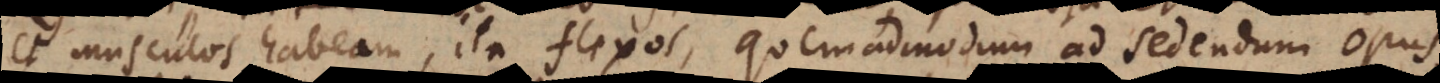
et musculos habeam, ita flexos, quemadmodum ad sedendum opus.